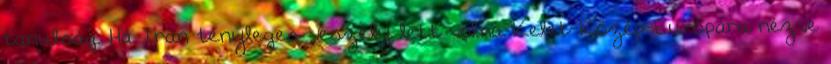
tanulság. Ha Irán tényleges veszély lett volna Kelet-Közép-Európára nézve